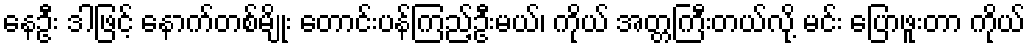
နေဦး ဒါဖြင့် နောက်တစ်မျိုး တောင်းပန်ကြည့်ဦးမယ်၊ ကိုယ် အတ္တကြီးတယ်လို့ မင်း ပြောဖူးတာ ကိုယ်